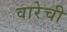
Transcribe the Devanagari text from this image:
वारेची